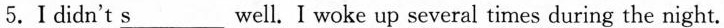
5.I didn't \underline{s}___ well. I woke up several times during the night.